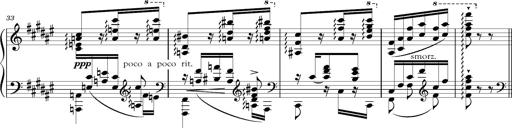
Title: Schlummerlied mit Arabesken
Composer: Franz Liszt
Key: F-sharp major